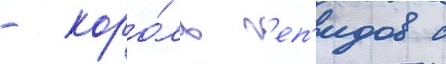
- коро́ль г'еп'идов с